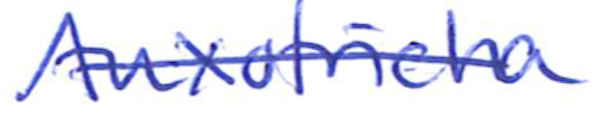
Text: Auxotricha
Cross-out: single-line
Writing tool: ballpoint